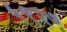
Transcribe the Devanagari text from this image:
५९२७